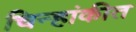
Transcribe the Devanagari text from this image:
चिन्हांकीत